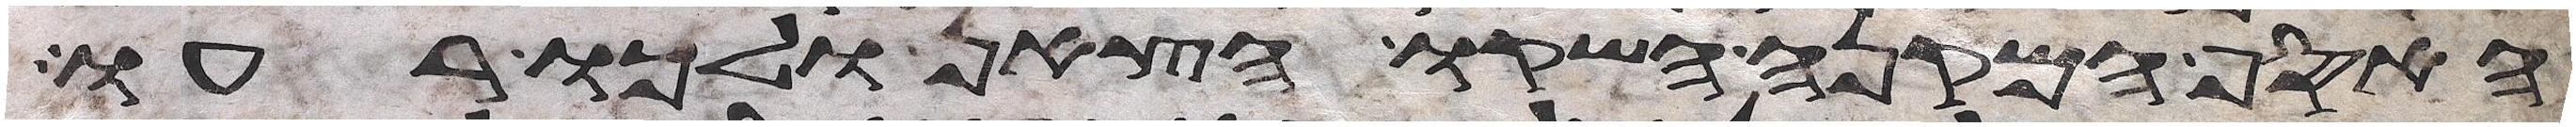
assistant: האסף המקנה השקו הצאן ולכו רעו